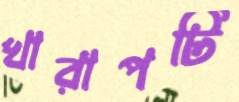
খারাপটি